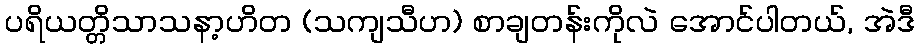
ပရိယတ္တိသာသနာ့ဟိတ (သကျသီဟ) စာချတန်းကိုလဲ အောင်ပါတယ်, အဲဒီ